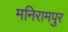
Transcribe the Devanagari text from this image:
मनिरामपुर